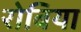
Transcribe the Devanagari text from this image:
रोबिया